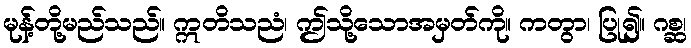
မုန့်တို့မည်သည်။ ဣတိသညံ၊ ဤသို့သောအမှတ်ကို။ ကတွာ၊ ပြု၍။ ဂစ္ဆ၊